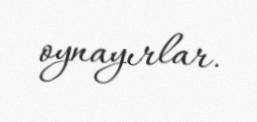
oynayırlar.